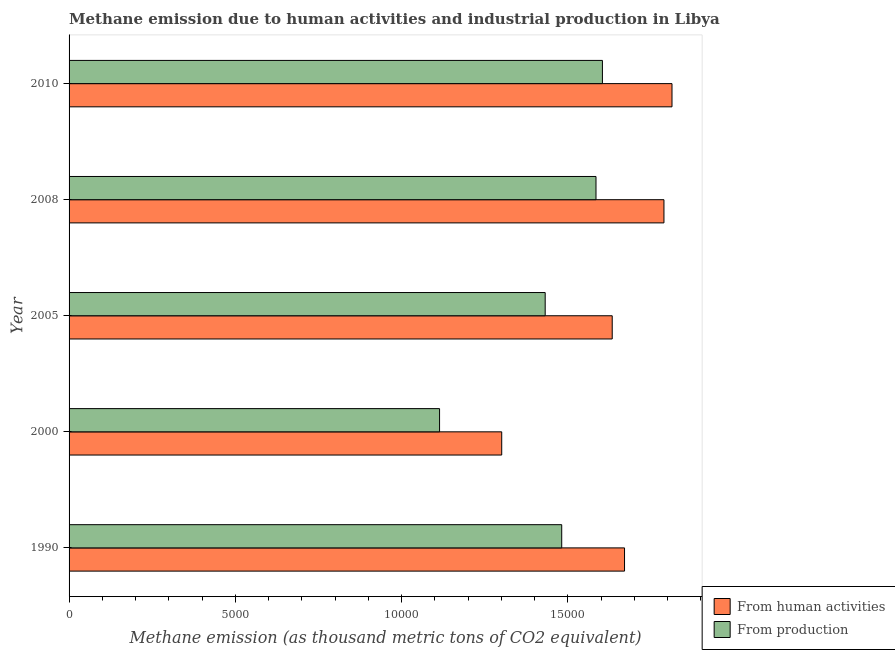
| Year | From human activities | From production |
 | --- | --- | --- |
 | 1990 | 1.67e+04 | 1.48e+04 |
 | 2000 | 1.3e+04 | 1.11e+04 |
 | 2005 | 1.63e+04 | 1.43e+04 |
 | 2008 | 1.79e+04 | 1.58e+04 |
 | 2010 | 1.81e+04 | 1.6e+04 |